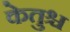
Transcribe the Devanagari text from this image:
केतुश्च